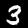
Digit: 3